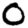
Digit: 0